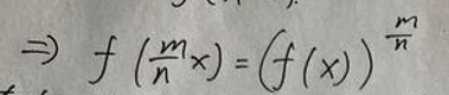
\[\Rightarrow f\left(\frac{m}{n}x\right)=(f(x))^{\frac{m}{n}}\]